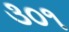
૩૦૧